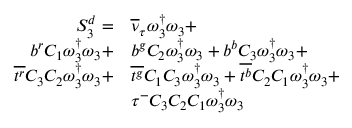
\begin{array} { r l } { S _ { 3 } ^ { d } = } & { { \overline { { \nu } } _ { \tau } } \omega _ { 3 } ^ { \dagger } \omega _ { 3 } + } \\ { { b } ^ { r } { C _ { 1 } } \omega _ { 3 } ^ { \dagger } \omega _ { 3 } + } & { { b } ^ { g } { C _ { 2 } } \omega _ { 3 } ^ { \dagger } \omega _ { 3 } + { b } ^ { b } { C _ { 3 } } \omega _ { 3 } ^ { \dagger } \omega _ { 3 } + } \\ { \overline { { t ^ { r } } } { C _ { 3 } } { C _ { 2 } } \omega _ { 3 } ^ { \dagger } \omega _ { 3 } + } & { \overline { { t ^ { g } } } { C _ { 1 } } { C _ { 3 } } \omega _ { 3 } ^ { \dagger } \omega _ { 3 } + \overline { { t ^ { b } } } { C _ { 2 } } { C _ { 1 } } \omega _ { 3 } ^ { \dagger } \omega _ { 3 } + } \\ & { \tau ^ { - } { C _ { 3 } } { C _ { 2 } } { C _ { 1 } } \omega _ { 3 } ^ { \dagger } \omega _ { 3 } } \end{array}